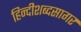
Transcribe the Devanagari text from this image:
हिन्दीशब्दसागर